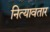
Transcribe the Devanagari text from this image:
नित्यावतार